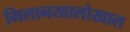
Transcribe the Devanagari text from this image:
मिलानखालोखाल